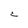
Character: C